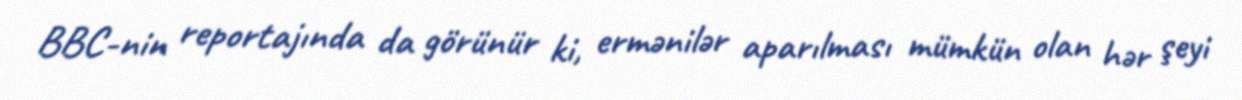
BBC-nin reportajında da görünür ki, ermənilər aparılması mümkün olan hər şeyi